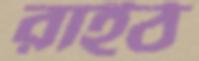
রাইঠ